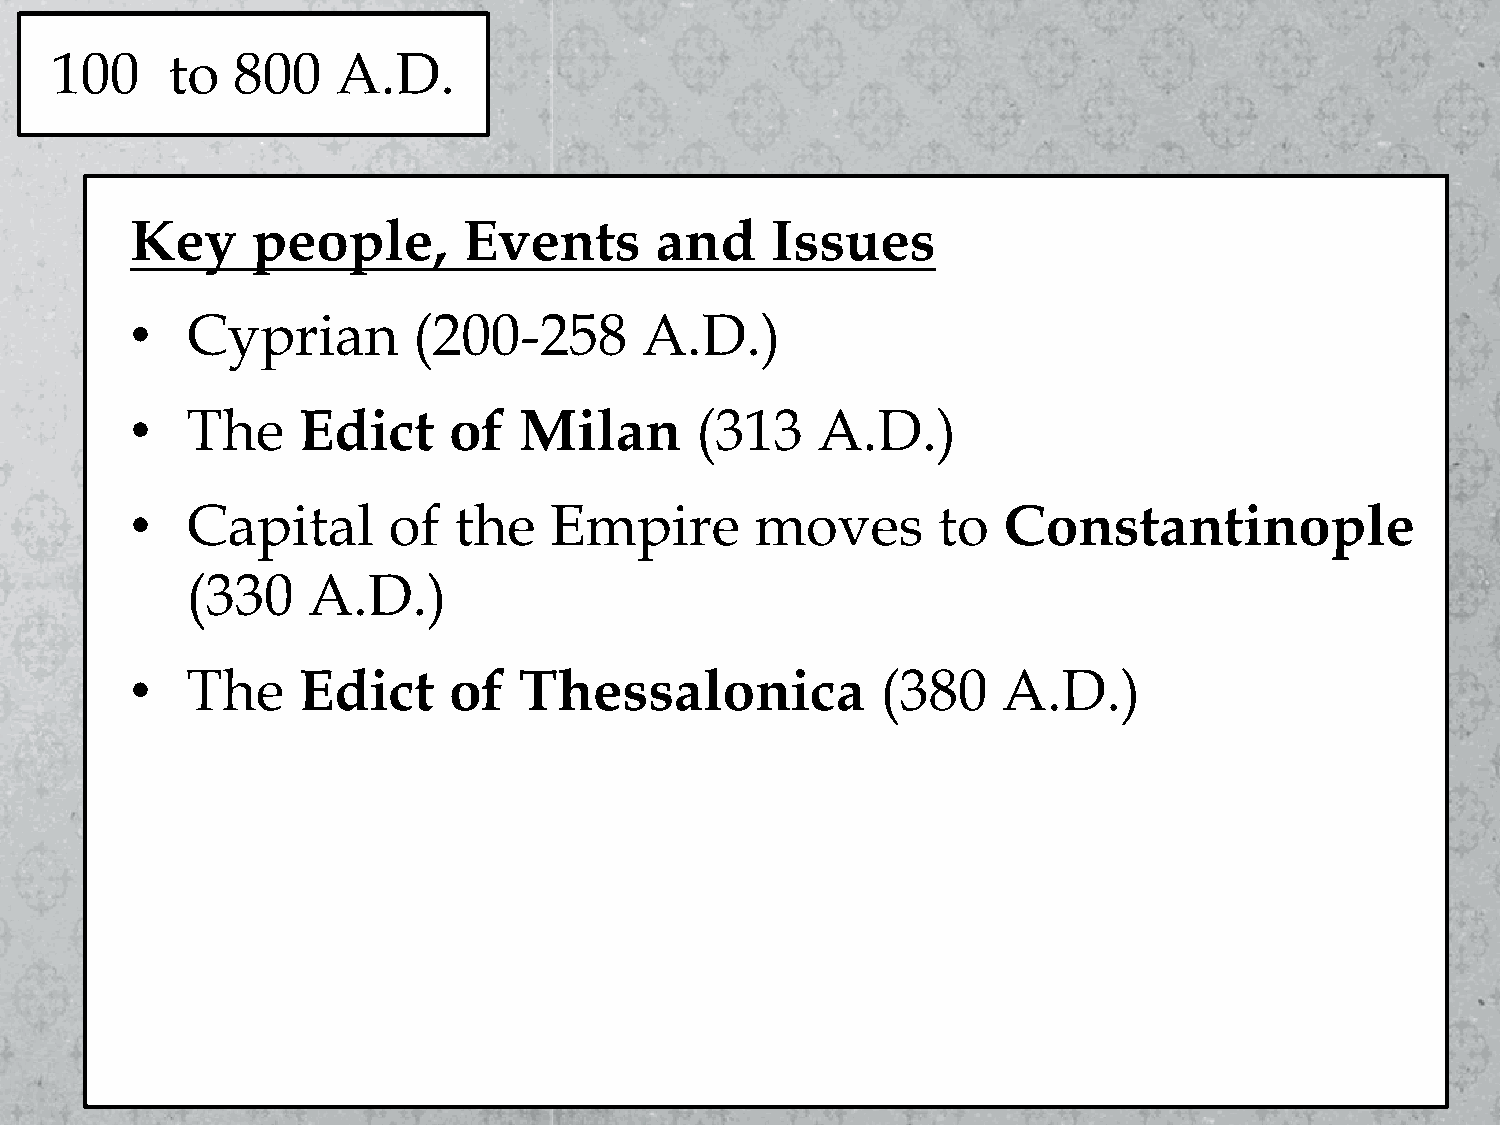
100     to  800    A.D.
 Key     people,       Events      and     Issues
 •  Cyprian        (200-258       A.D.)
 •  The     Edict     of  Milan       (313    A.D.)
 •  Capital       of  the   Empire        moves       to  Constantinople
 (330    A.D.)
 •  The     Edict     of  Thessalonica            (380    A.D.)